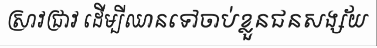
ស្រាវជ្រាវ ដើម្បីឈានទៅចាប់ខ្លួនជនសង្ស័យ